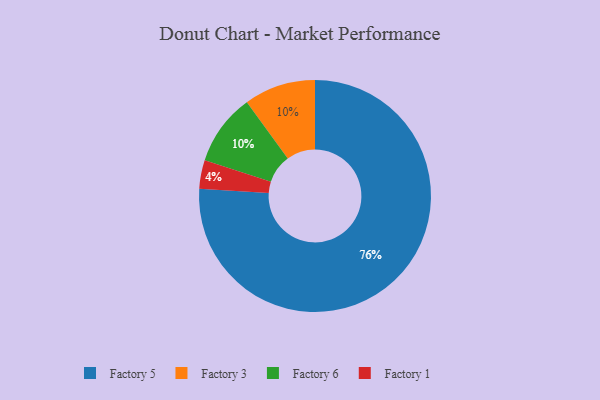
{"axis": {"x": "Category", "y": "Percentage"}, "legend": ["Factory 1", "Factory 3", "Factory 5", "Factory 6"], "data": [{"x": "Factory 3", "y": 10, "type": "Factory 3"}, {"x": "Factory 6", "y": 10, "type": "Factory 6"}, {"x": "Factory 1", "y": 4, "type": "Factory 1"}, {"x": "Factory 5", "y": 76, "type": "Factory 5"}]}